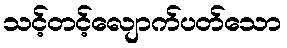
သင့်တင့်လျောက်ပတ်သော